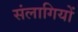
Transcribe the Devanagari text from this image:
संलागियों